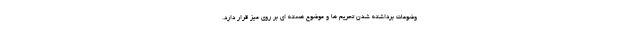
وضوعات برداشته شدن تحریم ها و موضوع هسته ای بر روی میز قرار دارد.